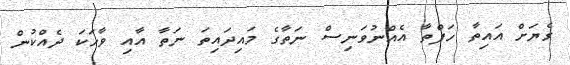
ގެޔަށް އައިތާ ހަފްތާ އެއްނުވަނިސް ނަތާގެ މައިދައިތަ ނަތާ އާއި ވާހަކަ ދެއްކުން